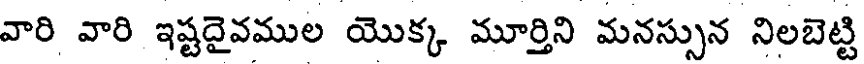
వారి వారి ఇష్టదైవముల యొక్క మూర్తిని మనస్సున నిలబెట్టి